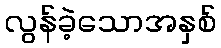
လွန်ခဲ့သောအနှစ်